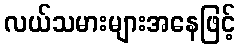
လယ်သမားများအနေဖြင့်